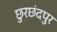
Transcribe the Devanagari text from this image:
छुरछंदपुर